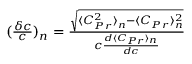
\begin{array} { r } { ( \frac { \delta c } { c } ) _ { n } = \frac { \sqrt { \langle C _ { P r } ^ { 2 } \rangle _ { n } - \langle C _ { P r } \rangle _ { n } ^ { 2 } } } { c \frac { d \langle C _ { P r } \rangle _ { n } } { d c } } } \end{array}